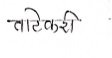
मजकूर: ताटेकरी